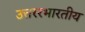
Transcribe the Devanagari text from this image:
उत्तररभारतीय